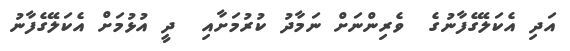
އަދި އެކަލޭގެފާނުގެ  ވެރިންނަށް ނަމާދު ކުރުމަށާއި  ދީ އުޅުމަށް އެކަލޭގެފާނު